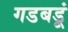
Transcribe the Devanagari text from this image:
गडबडूं